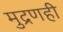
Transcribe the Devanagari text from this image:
मुद्रणही